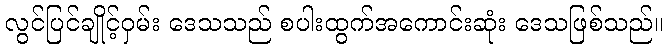
လွင်ပြင်ချိုင့်ဝှမ်း ဒေသသည် စပါးထွက်အကောင်းဆုံး ဒေသဖြစ်သည်။